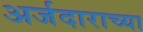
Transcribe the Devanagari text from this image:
अर्जदाराच्या